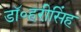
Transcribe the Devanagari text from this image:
डॉ॰हरीसिंह